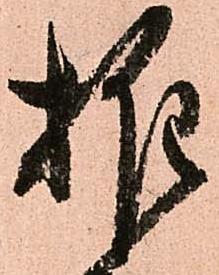
推